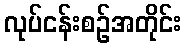
လုပ်ငန်းစဉ်အတိုင်း